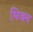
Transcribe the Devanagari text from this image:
भिजन